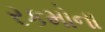
રકમોના